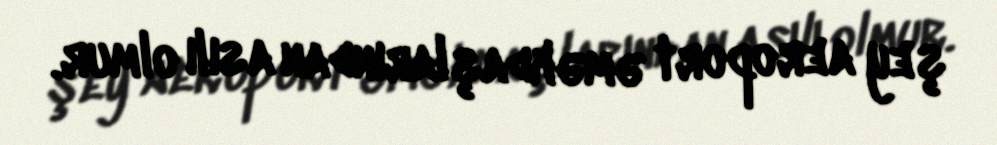
şey aeroport əməkdaşlarından asılı olmur.